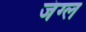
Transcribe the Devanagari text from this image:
जंग्ल